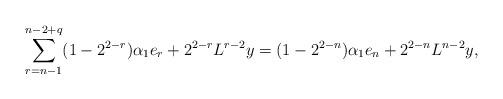
LaTeX: \begin{align*} \sum\limits_{r=n-1}^{n-2+q} (1- 2^{2-r}) \alpha_1 e_r + 2^{2-r} L^{r-2} y =(1- 2^{2-n} ) \alpha_1 e_n+ 2^{2-n} L^{n-2}y,\end{align*}